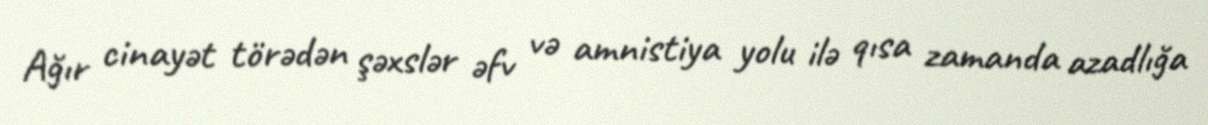
Ağır cinayət törədən şəxslər əfv və amnistiya yolu ilə qısa zamanda azadlığa